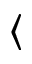
\langle